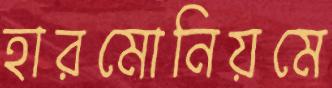
হারমোনিয়মে